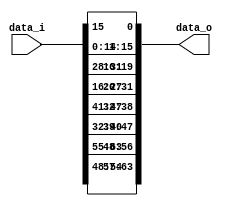
`timescale 1ns / 1ps
//////////////////////////////////////////////////////////////////////////////////
// Company: 
// Engineer: 
// 
// Design Name: 
// Module Name: Round_permutation
// Project Name: 
// Target Devices: 
// Tool Versions: 
// Description: 
// 
// Dependencies: 
// 
// Revision:
// Revision 0.01 - File Created
// Additional Comments:
// 
//////////////////////////////////////////////////////////////////////////////////


module Round_permutation(
                    input[63:0] data_i,
                    output[63:0] data_o
    );
    
    wire[15:0] p1,p2,p3,p4,
               p11,p22,p33,p44 ;
    assign p11 = data_i[15:0];
    assign p22 = data_i[31:16];
    assign p33 = data_i[47:32];
    assign p44 = data_i[63:48];
    
    assign p1 = {p11[14:0],p11[15]};//p11 << 1;
    assign p2 = {p22[11:0],p22[15:12]};//p22 << 4;
    assign p3 = {p33[8:0],p33[15:9]};//p33 << 7;
    assign p4 = {p44[6:0],p44[15:7]};//p44 << 9;         
            
    assign data_o[15:0]     = p1; 
    assign data_o[31:16]    = p2;
    assign data_o[47:32]    = p3;
    assign data_o[63:48]    = p4;        
endmodule